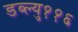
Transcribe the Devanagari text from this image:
डब्ल्यु११६